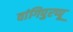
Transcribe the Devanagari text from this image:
वांगिपुरप्पू